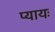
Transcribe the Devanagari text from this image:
प्यायः